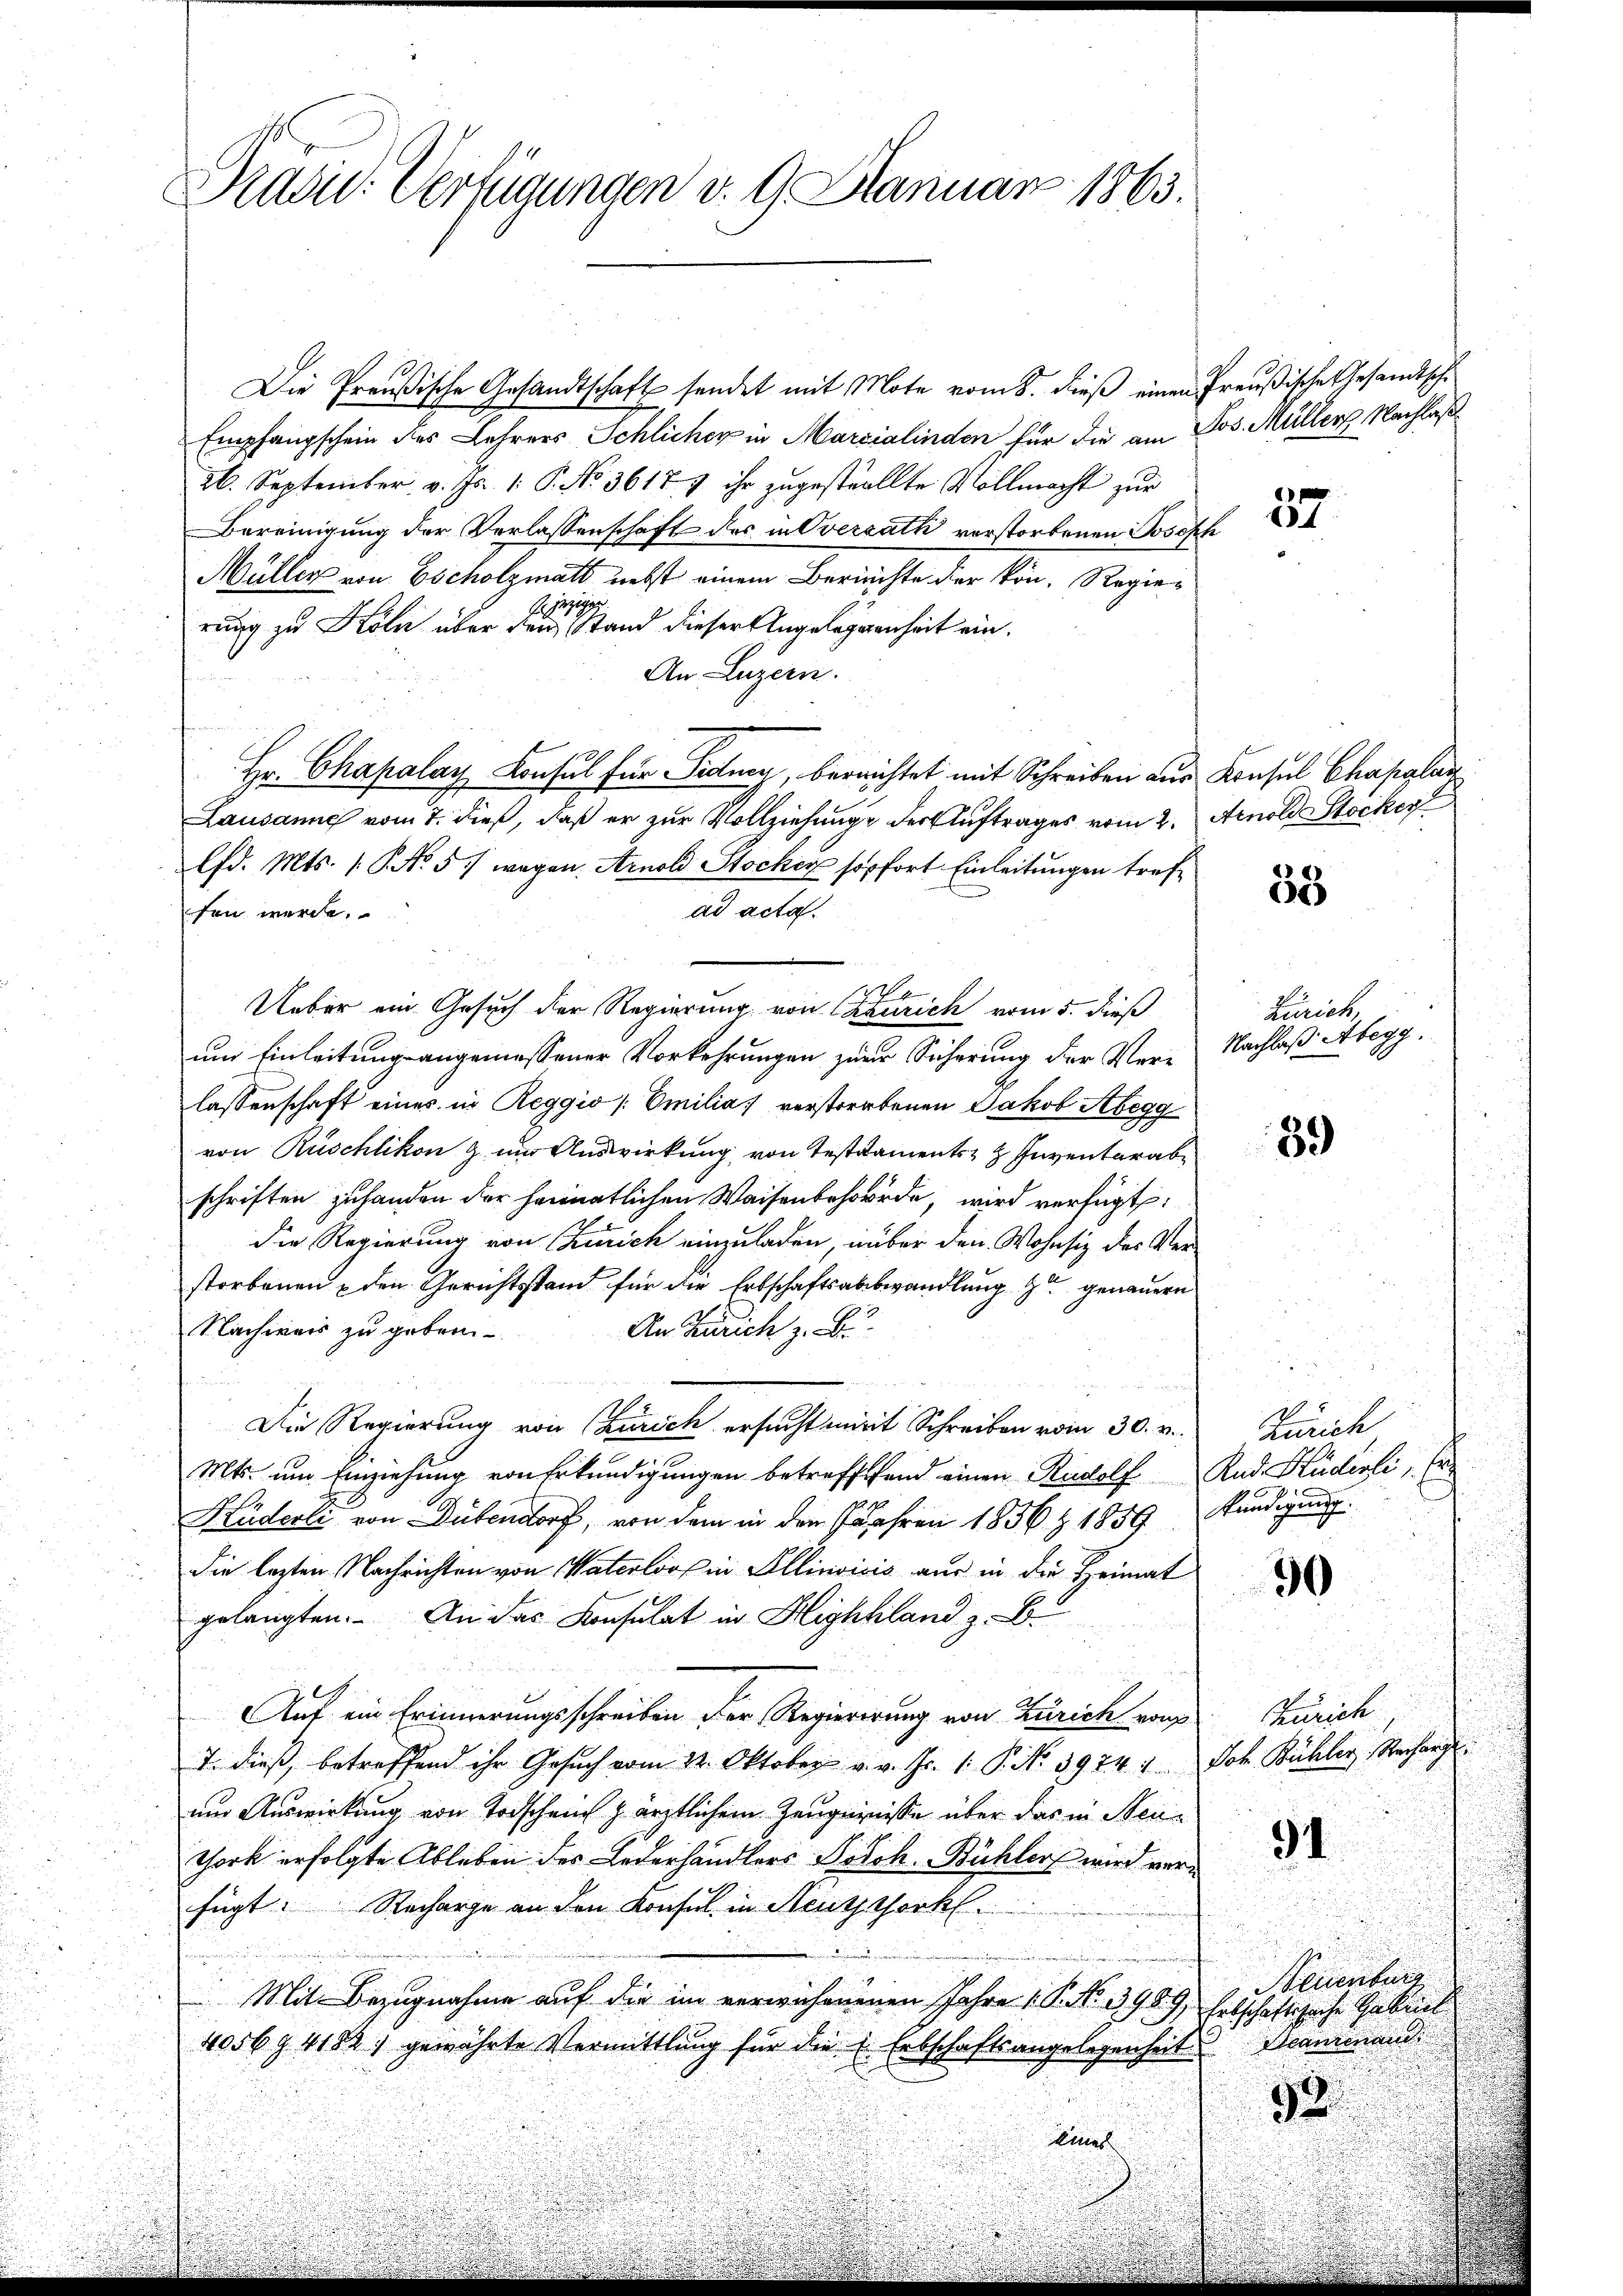
Pras. Verfügungen d. 9. Januar 1863.

Die Preußische Gesandtschaft sendet mit Mote vom 8. dieß einen Preußische Gesandtschi¬
Empfangschein des Lehrers Schlicher in Marzialinden für die am Jos. Müller Nachlaß
26. September v. Js. 1. P. No. 3617. & ihr zugestellte Vollmacht zur
Bereinigung der Verlassenschaft des in Oversath verstorbenen Joseph
Müller von Escholzmatt nebst einem Berichte der kön. Regie¬
 jezigen
rung zu Köln über den Stand dieser Angelegenheit ein.
An Luzern.
Hr. Chapalay Konsul für Fidung, bereichtet mit Schreiben aus Konsul Chapalar
Lausanne vom 7. dieß, daß er zur Vollziehunge der Auftrages vom 2. Arnold Stocker
lfd. Mts. 1. No 5 wegen Arnold Stocker sofort Einleitungen trefad acta.
sen werde.
Ueber ein Gesuch der Regierung von Gerich vom 5. dieß
um Einleitung angemessener Vorkehrungen zur Sicherung der Vere Nachlaß Abegg.
lassenschaft eines in Reggio (Emilia verstorbenen Jakob Abegg
von Rüschlikon & um Auswirkung von Testaments Inventarabe
schriften zuhanden der heimatlichen Waisenbehörde, wird verfügt:
die Regierung von Zürich einzuladen, nüber den Wohnsiz der Verstorbenen u den Gerichtsstand für die Erbschaftsabbwandlung zu genauern
Nachweis zu geben
An Zürich z. B.
Die Regierung von Zürich ersucht mit Schreiben vom 30. v. Zürich,
Mts. um Einziehung von Erkundigungen betreff fand einen Rudolf Rad Huderli, Er
Küderli von Dübendorf, von dem in den Jahren 1836 Z 1859 Kündigung
die lezten Nachrichten von Materloos in Illinvicis aus in die Heimat
30
gelangten. An das Konsulat in Highland z. B.
Auf ein Erinnerungsschreiben der Regierirung von Zürich von Zürich,
7. dieß, betreffend ihr Gesuch vom 22. Oktober v. v. Js. 1. P. No. 3974. 1. Joh. Bühler, Recharge
um Auswirkung von Todschein z ärztlichem Zeugnisse über das in Neu¬
91
thork erfolgte Ableben des Lederhandlers Podoh. Bühler wird verfügt: Recharge an den Konsul in Neuththock.
Neuenbur
Mit Bezugnahme auf die im verwichenenen Jahre (: P. No. 3989, Erbschaftssache Gebreit
4056. 4182) gewährte Vermittlung für die Erbschaftsangelegenheit Dammand
52.
Einer

Zürich,

37

53